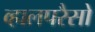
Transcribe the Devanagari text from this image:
व्हालपरैसो